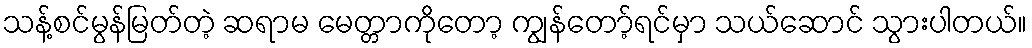
သန့်စင်မွန်မြတ်တဲ့ ဆရာမ မေတ္တာကိုတော့ ကျွန်တော့်ရင်မှာ သယ်ဆောင် သွားပါတယ်။